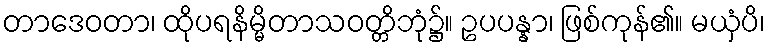
တာဒေဝတာ၊ ထိုပရနိမ္မိတာသဝတ္တိဘုံ၌။ ဥပပန္နာ၊ ဖြစ်ကုန်၏။ မယှံပိ၊